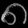
Digit: ၈